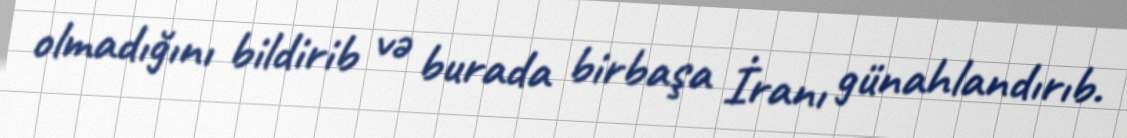
olmadığını bildirib və burada birbaşa İranı günahlandırıb.